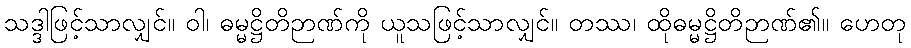
သဒ္ဒါဖြင့်သာလျှင်။ ဝါ၊ ဓမ္မဋ္ဌိတိဉာဏ်ကို ယူသဖြင့်သာလျှင်။ တဿ၊ ထိုဓမ္မဋ္ဌိတိဉာဏ်၏။ ဟေတု